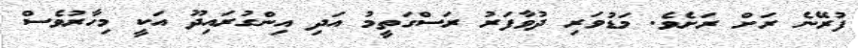
ފުރޭނެ ރަށް ރަށެވެ. މަޑުވަރި ދުވާފަރު ރަސްގަތީމު އަދި އިންގުރައިދޫ އަކީ މިހާރުވެސް